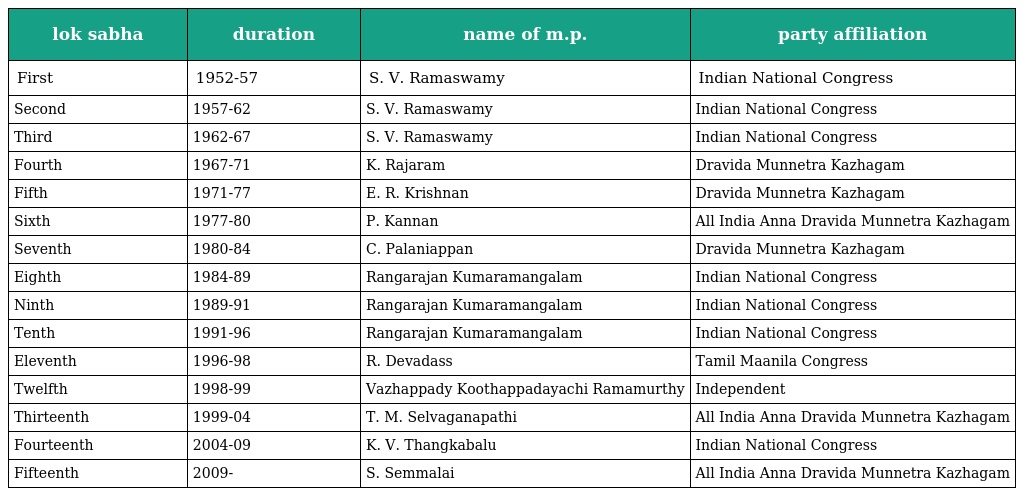
| lok sabha | duration | name of m.p. | party affiliation |
 | --- | --- | --- | --- |
 | First | 1952-57 | S. V. Ramaswamy | Indian National Congress |
 | Second | 1957-62 | S. V. Ramaswamy | Indian National Congress |
 | Third | 1962-67 | S. V. Ramaswamy | Indian National Congress |
 | Fourth | 1967-71 | K. Rajaram | Dravida Munnetra Kazhagam |
 | Fifth | 1971-77 | E. R. Krishnan | Dravida Munnetra Kazhagam |
 | Sixth | 1977-80 | P. Kannan | All India Anna Dravida Munnetra Kazhagam |
 | Seventh | 1980-84 | C. Palaniappan | Dravida Munnetra Kazhagam |
 | Eighth | 1984-89 | Rangarajan Kumaramangalam | Indian National Congress |
 | Ninth | 1989-91 | Rangarajan Kumaramangalam | Indian National Congress |
 | Tenth | 1991-96 | Rangarajan Kumaramangalam | Indian National Congress |
 | Eleventh | 1996-98 | R. Devadass | Tamil Maanila Congress |
 | Twelfth | 1998-99 | Vazhappady Koothappadayachi Ramamurthy | Independent |
 | Thirteenth | 1999-04 | T. M. Selvaganapathi | All India Anna Dravida Munnetra Kazhagam |
 | Fourteenth | 2004-09 | K. V. Thangkabalu | Indian National Congress |
 | Fifteenth | 2009- | S. Semmalai | All India Anna Dravida Munnetra Kazhagam |